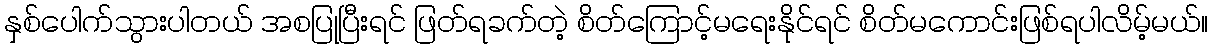
နှစ်ပေါက်သွားပါတယ် အစပြုပြီးရင် ဖြတ်ရခက်တဲ့ စိတ်ကြောင့်မရေးနိုင်ရင် စိတ်မကောင်းဖြစ်ရပါလိမ့်မယ်။